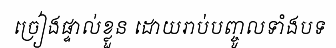
ច្រៀងផ្ទាល់ខ្លួន ដោយរាប់បញ្ចូលទាំងបទ